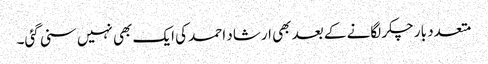
متعدد بار چکر لگانے کے بعد بھی ارشاد احمد کی ایک بھی نہیں سنی گئی۔